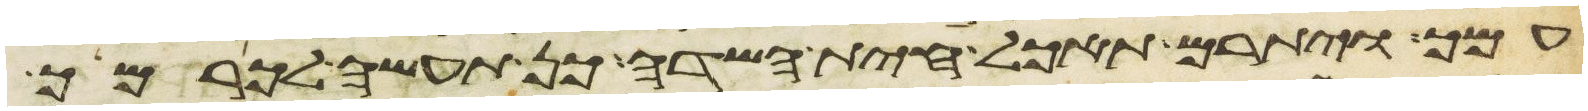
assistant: עמך ויתרם תאכל חית השדה כן תעשה לכרמך